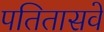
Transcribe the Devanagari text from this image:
पतितासवे